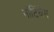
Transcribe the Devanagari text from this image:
नॉटिंघैम